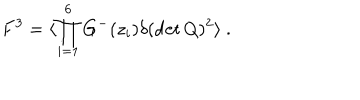
F ^ { 3 } = \langle \prod _ { i = 1 } ^ { 6 } G ^ { - } ( z _ { i } ) \delta ( \det Q ) ^ { 2 } \rangle \ .